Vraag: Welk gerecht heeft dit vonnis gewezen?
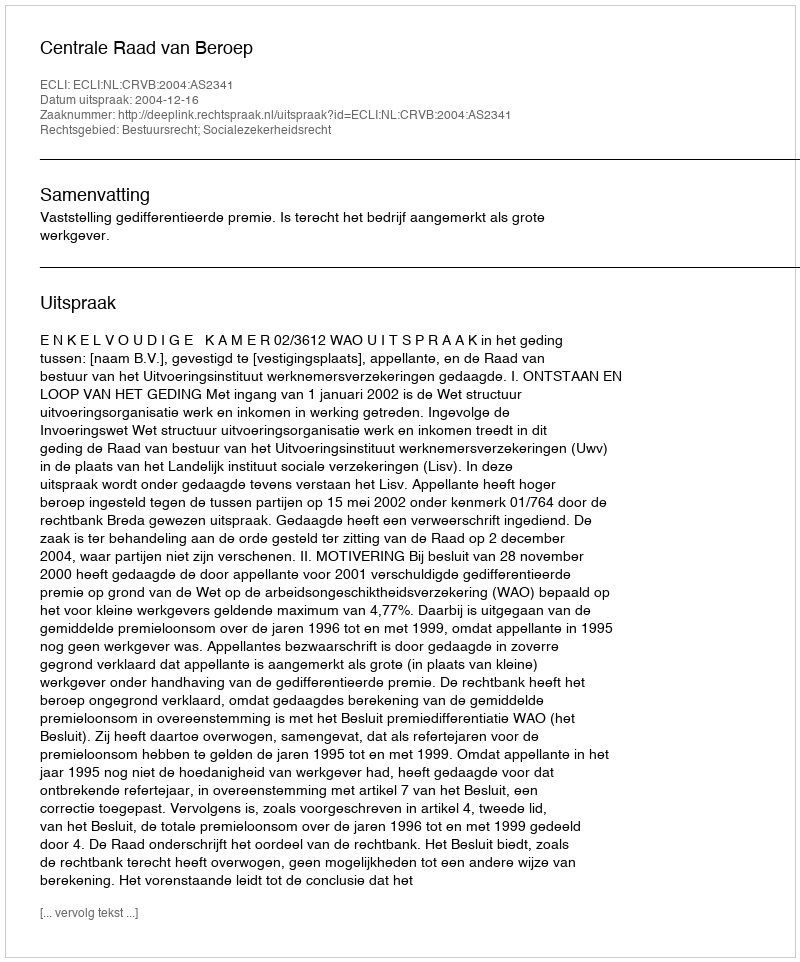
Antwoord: Centrale Raad van Beroep